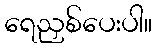
ရေညှစ်ပေးပါ။